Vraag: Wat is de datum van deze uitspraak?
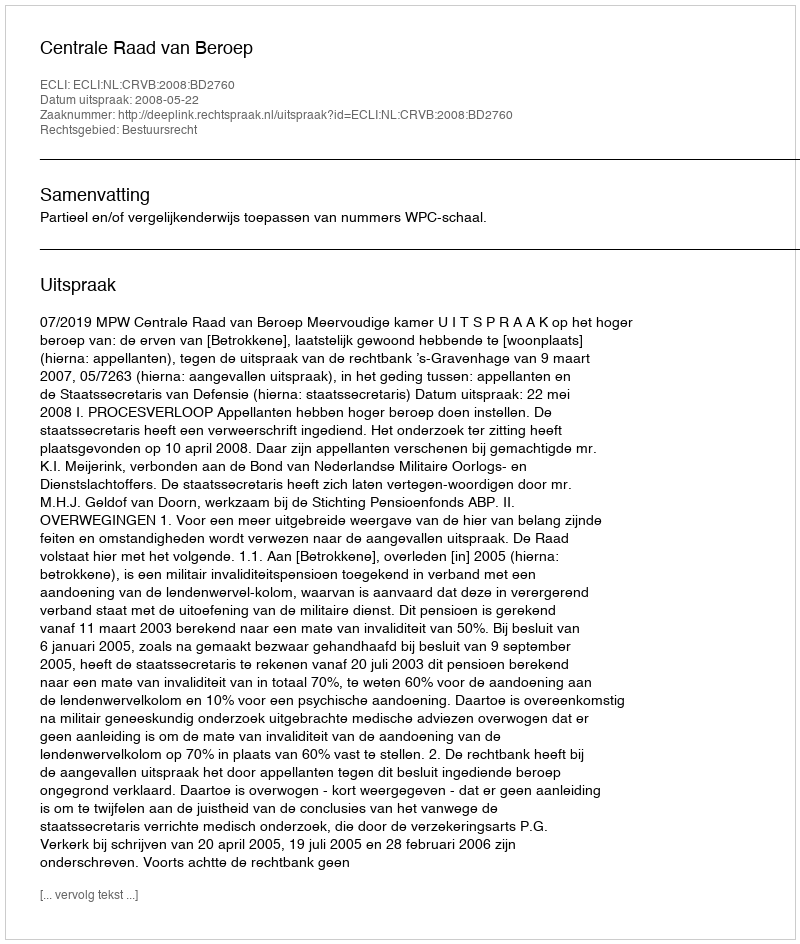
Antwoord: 2008-05-22